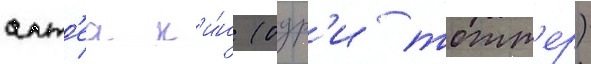
алт'еа к'и́н (одр'и тотт'ер)